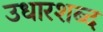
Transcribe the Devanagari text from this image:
उधारशब्द